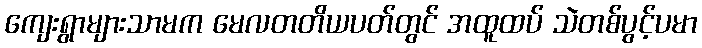
ကျေးရွာများသာမက မေလတတိယပတ်တွင် အထူထပ် သဲတစ်ပွင့်ပမာ